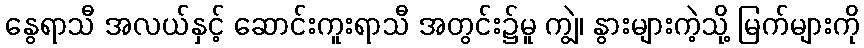
နွေရာသီ အလယ်နှင့် ဆောင်းကူးရာသီ အတွင်း၌မူ ကျွဲ၊ နွားများကဲ့သို့ မြက်များကို